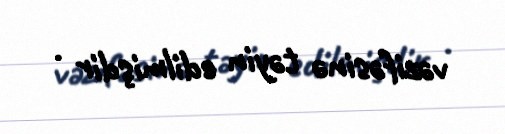
vəzifəsinə təyin edilmişdir .